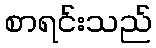
စာရင်းသည်